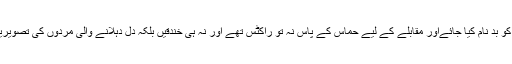
حماس کا سب سے بڑا اسٹرٹیجک ہتھیار یہ تھا کہ اسرائیل کو بد نام کیا جائےاور مقابلے کے لیے حماس کے پاس نہ تو راکٹس تھے اور نہ ہی خندقیں بلکہ دل دہلانے والی مردوں کی تصویریں تھیں جنھیں آئی- ڈی- ایف بے دردی سے قتل کر رہا تھا۔